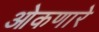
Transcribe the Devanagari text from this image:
ओकणारे